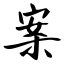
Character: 案